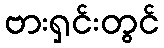
ဗားရှင်းတွင်